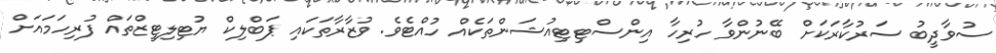
ސުވާދީބު ސަރުކާރަކަށް ބޭނުންވާ ހުރިހާ އިންސްޓިޓިއުޝަންތަކެއް ހުއްޓެވެ. ވުޒާރާތަކައި ޕަބްލިކް ޔުޓިލިޓީޒްތައް ފުރިހަމައަށް